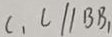
C _ { 1 } C / / B B _ { 1 }